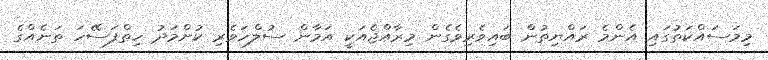
މިމަސައްކަތުގައި އެންމެ ރައްޔިތުން ބައިވެރިވެގެން މިރާއްޖެއަކީ އަމާން ސުލްހަވެރި ކުށްމަދު ހިތްފަސޭހަ ތަނެއްގެ